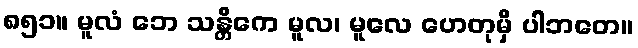
၈၅၁။ မူလံ ဘေ သန္တိကေ မူလ၊ မူလေ ဟေတုမှိ ပါဘတေ။